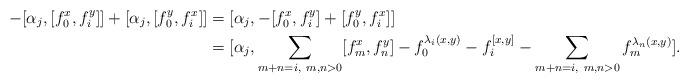
LaTeX: \begin{align*} -[\alpha_j,[f_0^x,f_i^y]]+[\alpha_j,[f_0^y,f_i^x]]&=[\alpha_j,-[f_0^x,f_i^y]+[f_0^y,f_i^x]]\\ &=[\alpha_j,\sum_{m+n=i,~m,n>0}[f_m^x,f_n^y]-f_0^{\lambda_i(x,y)}-f_i^{[x,y]}-\sum_{m+n=i,~m,n>0}f_m^{\lambda_n(x,y)}]. \end{align*}